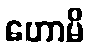
ဟောမိ